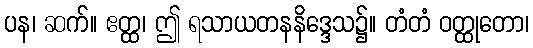
ပန၊ ဆက်။ ဧတ္ထ၊ ဤ ရသာယတနနိဒ္ဒေသ၌။ တံတံ ဝတ္ထုတော၊